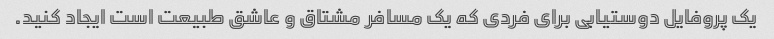
یک پروفایل دوستیابی برای فردی که یک مسافر مشتاق و عاشق طبیعت است ایجاد کنید.